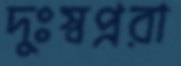
দুঃস্বপ্নরা